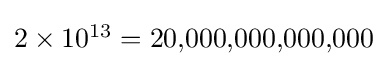
\textstyle 2\times 10^{13}=20{,}000{,}000{,}000{,}000